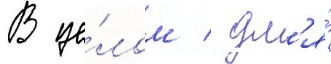
В це́лом / дл'я́